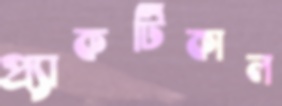
প্র্যাকটিকাল